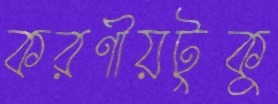
করণীয়টুকু